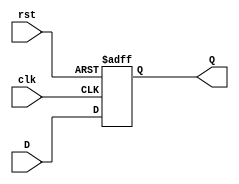
`timescale 1ns / 1ps
//////////////////////////////////////////////////////////////////////////////////
// Company: 
// Engineer: 
// 
// Design Name: 
// Module Name:    DFF_32 
// Project Name: 
// Target Devices: 
// Tool versions: 
// Description: 
//
// Dependencies: 
//
// Revision: 
// Revision 0.01 - File Created
// Additional Comments: 
//
//////////////////////////////////////////////////////////////////////////////////
module DFF_32(D,Q,rst,clk);	
	input [31:0] D;
	output reg [31:0] Q;
	input rst,clk;
	always @(posedge clk or posedge rst)
	begin
	
	
		if(rst)
		begin
			Q <= 32'b0;
			
		end
		else
		begin
			Q <= D; 
		end
		
	end

endmodule